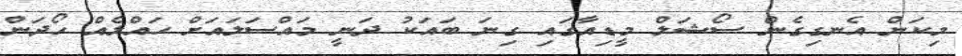
މިކަން އެނގިގެން ސޯޝަލް މީޑިއާގައި ގިނަ ބައަކު ދަނީ މައްސަލައަށް ޙައްލެއް ހޯދަން